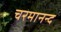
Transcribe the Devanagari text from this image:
चरमानन्द